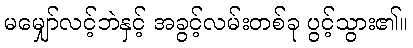
မမျှော်လင့်ဘဲနှင့် အခွင့်လမ်းတစ်ခု ပွင့်သွား၏။